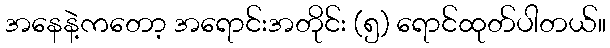
အနေနဲ့ကတော့ အရောင်းအတိုင်း (၅) ရောင်ထုတ်ပါတယ်။